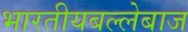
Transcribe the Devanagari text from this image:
भारतीयबल्लेबाज